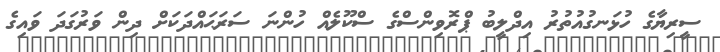
ސީރިޔާގެ ހުޅަނގުއުތުރު އިދްލީބު ޕްރޮވިންސްގެ ސްކޫލެއް ހުންނަ ސަރަޙައްދަކަށް ދިން ވަރުގަދަ ވައިގެ